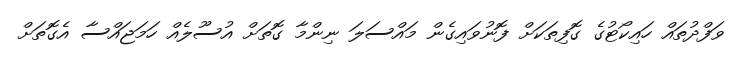
ވަފްދުތައް ހައިކޯޓުގެ ގޮފިތަކަށް ފޮނުވައިގެން މައްސަލަ ނިންމާ ގޮތަށް އުސޫލެއް ހަމަޖައްސާ އެގޮތަށް